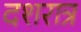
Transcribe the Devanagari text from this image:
दशरात्र